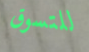
للتسوق